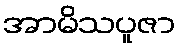
အာမိသပူဇာ